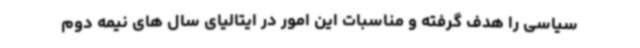
سیاسی را هدف گرفته و مناسبات این امور در ایتالیای سال های نیمه دوم